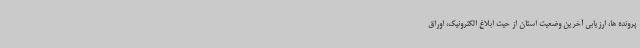
پرونده ها، ارزیابی آخرین وضعیت استان از حیث ابلاغ الکترونیک، اوراق